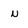
Character: N